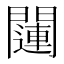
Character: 𲈱